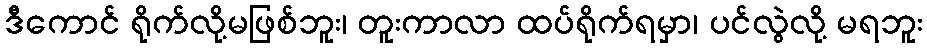
ဒီကောင် ရိုက်လို့မဖြစ်ဘူး၊ တူးကာလာ ထပ်ရိုက်ရမှာ၊ ပင်လွဲလို့ မရဘူး